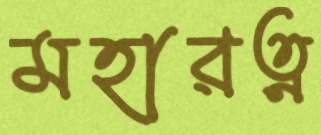
মহারত্ন